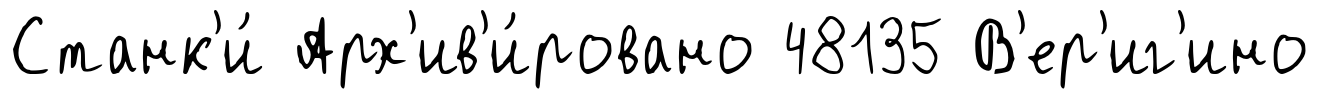
Станк'и́ Арх'ив'и́ровано 48135 В'ер'иг'ино